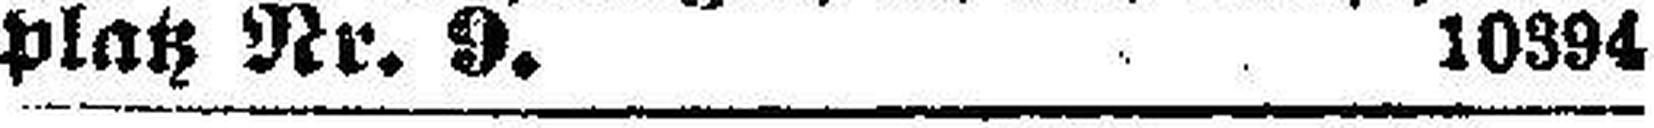
platz Nr. 9. 10394